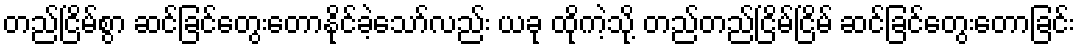
တည်ငြိမ်စွာ ဆင်ခြင်တွေးတောနိုင်ခဲ့သော်လည်း ယခု ထိုကဲ့သို့ တည်တည်ငြိမ်ငြိမ် ဆင်ခြင်တွေးတောခြင်း